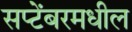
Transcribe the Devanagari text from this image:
सप्टेंबरमधील